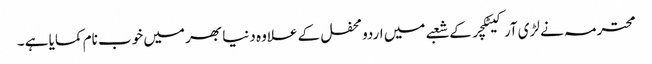
محترمہ نے لڑی آرکیٹکچر کے شعبے میں اردو محفل کے علاوہ دنیا بھر میں خوب نام کمایا ہے ۔